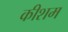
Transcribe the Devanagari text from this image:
कीशम